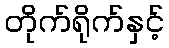
တိုက်ရိုက်နှင့်